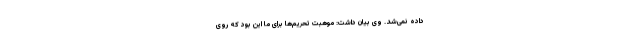
داده نمی‌شد. وی بیان ‌داشت: موهبت تحریم‌ها برای ما این بود که روی